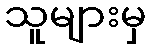
သူများမှ